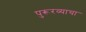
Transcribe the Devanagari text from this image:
पुरूरव्याचा